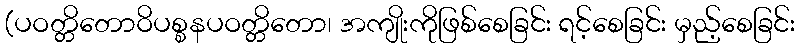
(ပဝတ္တိတောဝိပစ္စနပဝတ္တိတော၊ အကျိုးကိုဖြစ်စေခြင်း ရင့်စေခြင်း မှည့်စေခြင်း